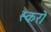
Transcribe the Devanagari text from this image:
स्करो